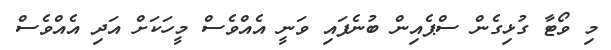
މި ވޯޓާ ގުޅިގެން ސްޕެއިން ބުނެފައި ވަނީ އެއްވެސް މީހަކަށް އަދި އެއްވެސް